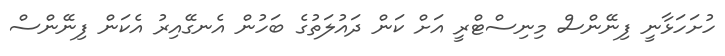
ހުށަހަޅާނީ ފިނޭންސް މިނިސްޓްރީ އަށް ކަން ދައުލަތުގެ ބަހުން އެނގޭއިރު އެކަން ފިނޭންސް